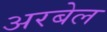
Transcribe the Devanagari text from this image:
अरबेल